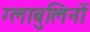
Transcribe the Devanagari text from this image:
ग्लाबुलिनों